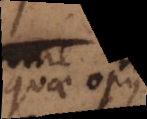
quae opus